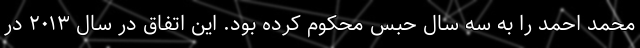
محمد احمد را به سه سال حبس محکوم کرده بود. این اتفاق در سال ۲۰۱۳ در